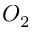
O _ { 2 }